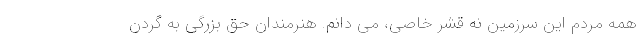
همه مردم این سرزمین نه قشر خاصی، می دانم. هنرمندان حق بزرگی به گردن